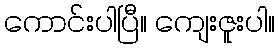
ကောင်းပါပြီ။ ကျေးဇူးပါ။